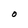
Character: O